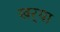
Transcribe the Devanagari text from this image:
खर्‍या